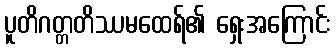
ပူတိဂတ္တတိဿမထေရ်၏ ရှေးအကြောင်း